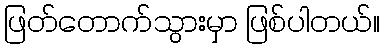
ဖြတ်တောက်သွားမှာ ဖြစ်ပါတယ်။